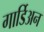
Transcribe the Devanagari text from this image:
गार्डिअन